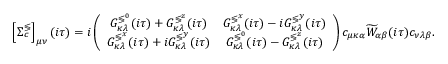
\left[ \Sigma _ { c } ^ { \lessgtr } \right] _ { \mu \nu } ( i \tau ) = i \left( \begin{array} { c c } { G _ { \kappa \lambda } ^ { \lessgtr ^ { 0 } } ( i \tau ) + G _ { \kappa \lambda } ^ { \lessgtr ^ { z } } ( i \tau ) } & { G _ { \kappa \lambda } ^ { \lessgtr ^ { x } } ( i \tau ) - i G _ { \kappa \lambda } ^ { \lessgtr ^ { y } } ( i \tau ) } \\ { G _ { \kappa \lambda } ^ { \lessgtr ^ { x } } ( i \tau ) + i G _ { \kappa \lambda } ^ { \lessgtr ^ { y } } ( i \tau ) } & { G _ { \kappa \lambda } ^ { \lessgtr ^ { 0 } } ( i \tau ) - G _ { \kappa \lambda } ^ { \lessgtr ^ { z } } ( i \tau ) } \end{array} \right) c _ { \mu \kappa \alpha } \widetilde { W } _ { \alpha \beta } ( i \tau ) c _ { \nu \lambda \beta } .